Vaccination in Bombay 1902-1912 - 1902-1912
Year: 1902
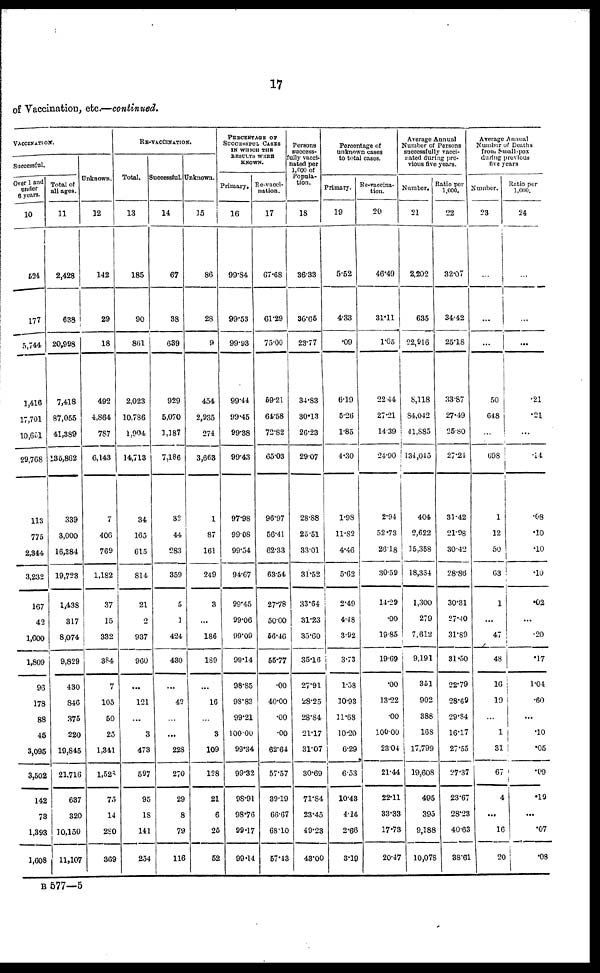
17
of Vaccination, etc.—continued.
VACCINATION.
Successful.
Over 1 and
under
6 years.
10
524
177
5,744
1,416
17,701
10,651
29,768
113
775
2,344
3,232
167
42
1,600
1,809
96
178
88
45
3,095
3,502
142
73
1,393
1,608
Total of
all ages.
11
2,428
638
20,998
7,418
87,055
41,389
135,862
339
3,000
16,384
19,723
1,438
317
8,074
9,829
430
846
375
220
19,845
21,716
637
320
10,150
11,107
Unknown.
12
142
29
18
492
4,864
787
6,143
7
406
769
1,182
37
15
332
384
7
105
50
25
1,341
1,528
75
14
280
369
RE-VACCINATION.
Total.
13
185
90
861
2,023
10,786
1,904
14,713
34
165
615
814
21
2
937
960
...
121
...
3
473
597
95
18
141
254
Successful.
14
67
38
639
929
5,070
1,187
7,186
32
44
283
359
5
3
424
430
...
42
...
...
228
270
29
8
79
116
Unknown.
15
86
28
9
454
2,935
274
3,663
1
87
161
249
3
...
186
189
...
16
...
3
109
128
21
6
25
52
PERCENTAGE OF
SUCCESSFUL CASES
IN WHICH THE
RESULTS WERE
KNOWN.
Primary.
16
99.84
99.53
99.93
99.44
99.45
99.38
99.43
97.98
99.08
99.54
94.67
99.45
99.06
99.09
99.14
98.85
98.83
99.21
100.00
99.34
99.32
98.91
98.76
99.17
99.14
Re-vacci-
nation.
17
67.68
61.29
75.00
59.21
64.58
72.82
65.03
96.97
56.41
62.33
63.54
27.78
50.00
56.46
55.77
.00
40.00
.00
.00
62.64
57.57
39.19
66.67
68.10
57.43
Persons
success-
fully vacci-
nated per
1,000 of
Popula-
tion.
18
36.33
36.65
23.77
34.83
30.13
26.23
29.07
28.88
25.51
33.01
31.52
33.64
31.23
35.60
35.16
27.91
28.25
28.84
21.17
31.07
30.69
71.84
23.45
49.23
43.00
Percentage of
unknown cases
to total cases.
Primary.
19
5.52
4.33
.09
6.19
5.26
1.85
4.30
1.98
11.82
4.46
5.62
2.49
4.48
3.92
3.73
1.58
10.93
11.68
10.20
6.29
6.53
10.43
4.14
2.66
3.19
Re-vaccina-
tion.
20
46.49
31.11
1.05
22.44
27.21
14.39
24.90
2.94
52.73
26.18
30.59
14.29
.00
19.85
19.69
.00
13.22
.00
100.00
23.04
21.44
22.11
33.33
17.73
20.47
Average Annual
Number of Persons
successfully vacci-
nated during pre-
vious five years.
Number.
21
2,202
635
22,916
8,118
84,042
41,885
134,045
404
2,622
15,358
18,384
1,300
279
7,612
9,191
351
902
388
168
17,799
19,608
495
395
9,188
10,078
Ratio per
1,000.
22
32.07
34.42
25.18
33.87
27.49
25.80
27.24
31.42
21.98
30.42
28.86
30.31
27.40
31.89
31.50
22.79
28.69
29.84
16.17
27.55
27.37
23.67
28.23
40.63
38.61
Average Annual
Number of Deaths
from Small-pox
during previous
five years
Number.
23
...
...
...
50
648
...
698
1
12
50
63
1
...
47
48
16
19
...
1
31
67
4
...
16
20
Ratio per
1,000.
24
...
...
...
.21
.21
...
.14
.08
.10
.10
.10
.02
...
.20
.17
1.04
.60
...
.10
.05
.09
.19
...
.07
.08
B 577—5